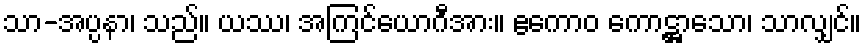
သာ-အပ္ပနာ၊ သည်။ ယဿ၊ အကြင်ယောဂီအား။ ဧကောဝ ကောဋ္ဌာသော၊ သာလျှင်။